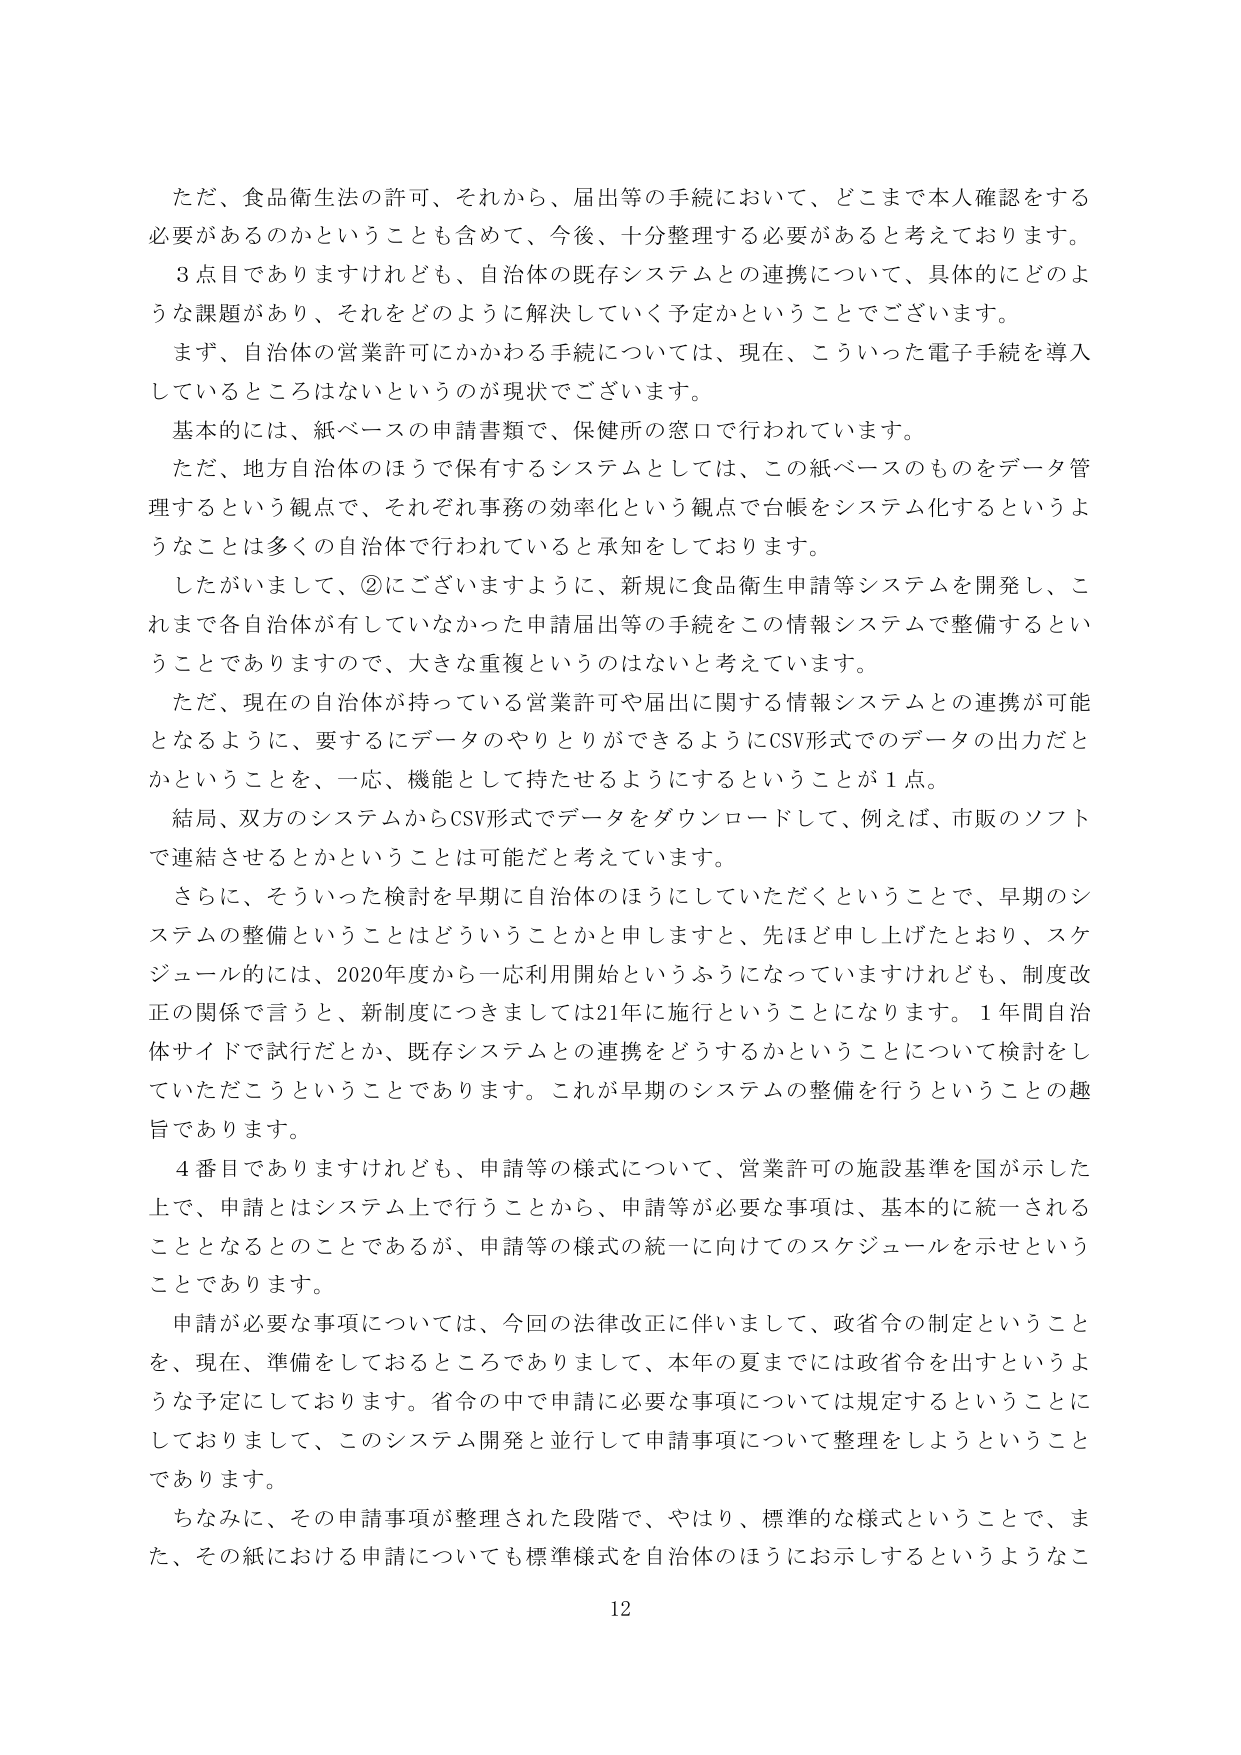
ただ、食品衛生法の許可、それから、届出等の手続において、どこまで本人確認をする必要があるのかということも含めて、今後、十分整理する必要があると考えております。

３点目でありますけれども、自治体の既存システムとの連携について、具体的にどのような課題があり、それをどのように解決していく予定かということでございます。

まず、自治体の営業許可にかかわる手続については、現在、こういった電子手続を導入しているところはないというのが現状でございます。

基本的には、紙ベースの申請書類で、保健所の窓口で行われています。

ただ、地方自治体のほうで保有するシステムとしては、この紙ベースのものをデータ管理するという観点で、それぞれ事務の効率化という観点で台帳をシステム化するというようなことは多くの自治体で行われていると承知しております。

したがいまして、②にございますように、新規に食品衛生申請等システムを開発し、これまで各自治体が有していなかった申請届出等の手続をこの情報システムで整備するということでありますので、大きな重複というのはないと考えています。

ただ、現在の自治体が持っている営業許可や届出に関する情報システムとの連携が可能となるように、要するにデータのやりとりができるようにCSV形式でのデータの出力だとかということを、一応、機能として持たせるようにするということが１点。

結局、双方のシステムからCSV形式でデータをダウンロードして、例えば、市販のソフトで連結させるとかということは可能だと考えています。

さらに、そういった検討を早期に自治体のほうにしていただくということで、早期のシステムの整備ということはどういうことかと申しますと、先ほど申し上げたとおり、スケジュール的には、2020年度から一応利用開始というふうになっていますけれども、制度改正の関係で言うと、新制度につきましては21年に施行ということになります。１年間自治体サイドで試行だとか、既存システムとの連携をどうするかということについて検討をしていただこうということであります。これが早期のシステムの整備を行うということの趣旨であります。

４番目でありますけれども、申請等の様式について、営業許可の施設基準を国が示した上で、申請とはシステム上で行うことから、申請等が必要な事項は、基本的に統一されることとなるとのことであるが、申請等の様式の統一に向けてのスケジュールを示せということであります。

申請が必要な事項については、今回の法律改正に伴いまして、政省令の制定ということを、現在、準備をしておるところでありますして、本年の夏までには政省令を出すというような予定にしております。省令の中で申請に必要な事項については規定するということにしておりまして、このシステム開発と並行して申請事項について整理をしようということであります。

ちなみに、その申請事項が整理された段階で、やはり、標準的な様式ということで、また、その紙における申請についても標準様式を自治体のほうにお示しするというようなこ

12